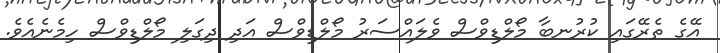
އޭގެ ތެރޭގައި ކުރުނބާ މޯލްޑިވްސް ވެލައްސަރު މޯލްޑިވްސް އަދި ދިގަލި މޯލްޑިވްސް ހިމެނެއެވެ.